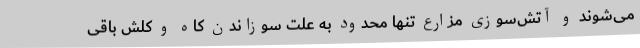
می‌شوند و آتش‌سوزی مزارع تنها محدود به علت سوزاندن کاه و کلش باقی